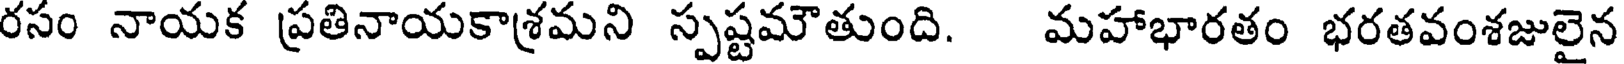
రసం నాయక ప్రతినాయకాశ్రమని స్పష్టమౌతుంది. మహాభారతం భరతవంశజులైన